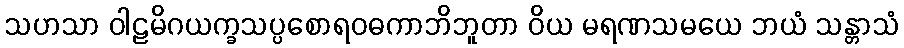
သဟသာ ဝါဠမိဂယက္ခသပ္ပစောရဝဓကာဘိဘူတာ ဝိယ မရဏသမယေ ဘယံ သန္တာသံ